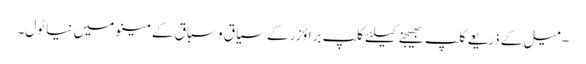
- میل کے ذریعے کلپ بھیجنے کیلئے کلپ براؤزر کے سیاق و سباق کے مینو میں نیا ٹول۔